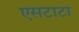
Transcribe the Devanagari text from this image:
एसटाटा